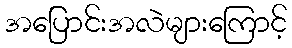
အပြောင်းအလဲများကြောင့်